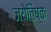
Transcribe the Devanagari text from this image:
ज्येतिष्क